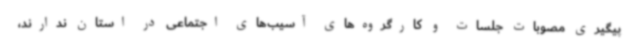
پیگیری مصوبات جلسات و کارگروه‌های آسیب‌های اجتماعی در استان ندارند،